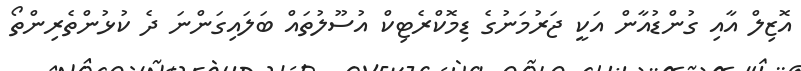
އޮޒިލް އާއި ގުންޑުއާން އަކީ ޖަރުމަނުގެ ޑިމޮކްރެޓިކް އުސޫލުތައް ބަލައިގަންނަ ދެ ކުޅުންތެރިންތޯ